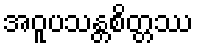
အဝူပသန္တစိတ္တဿ